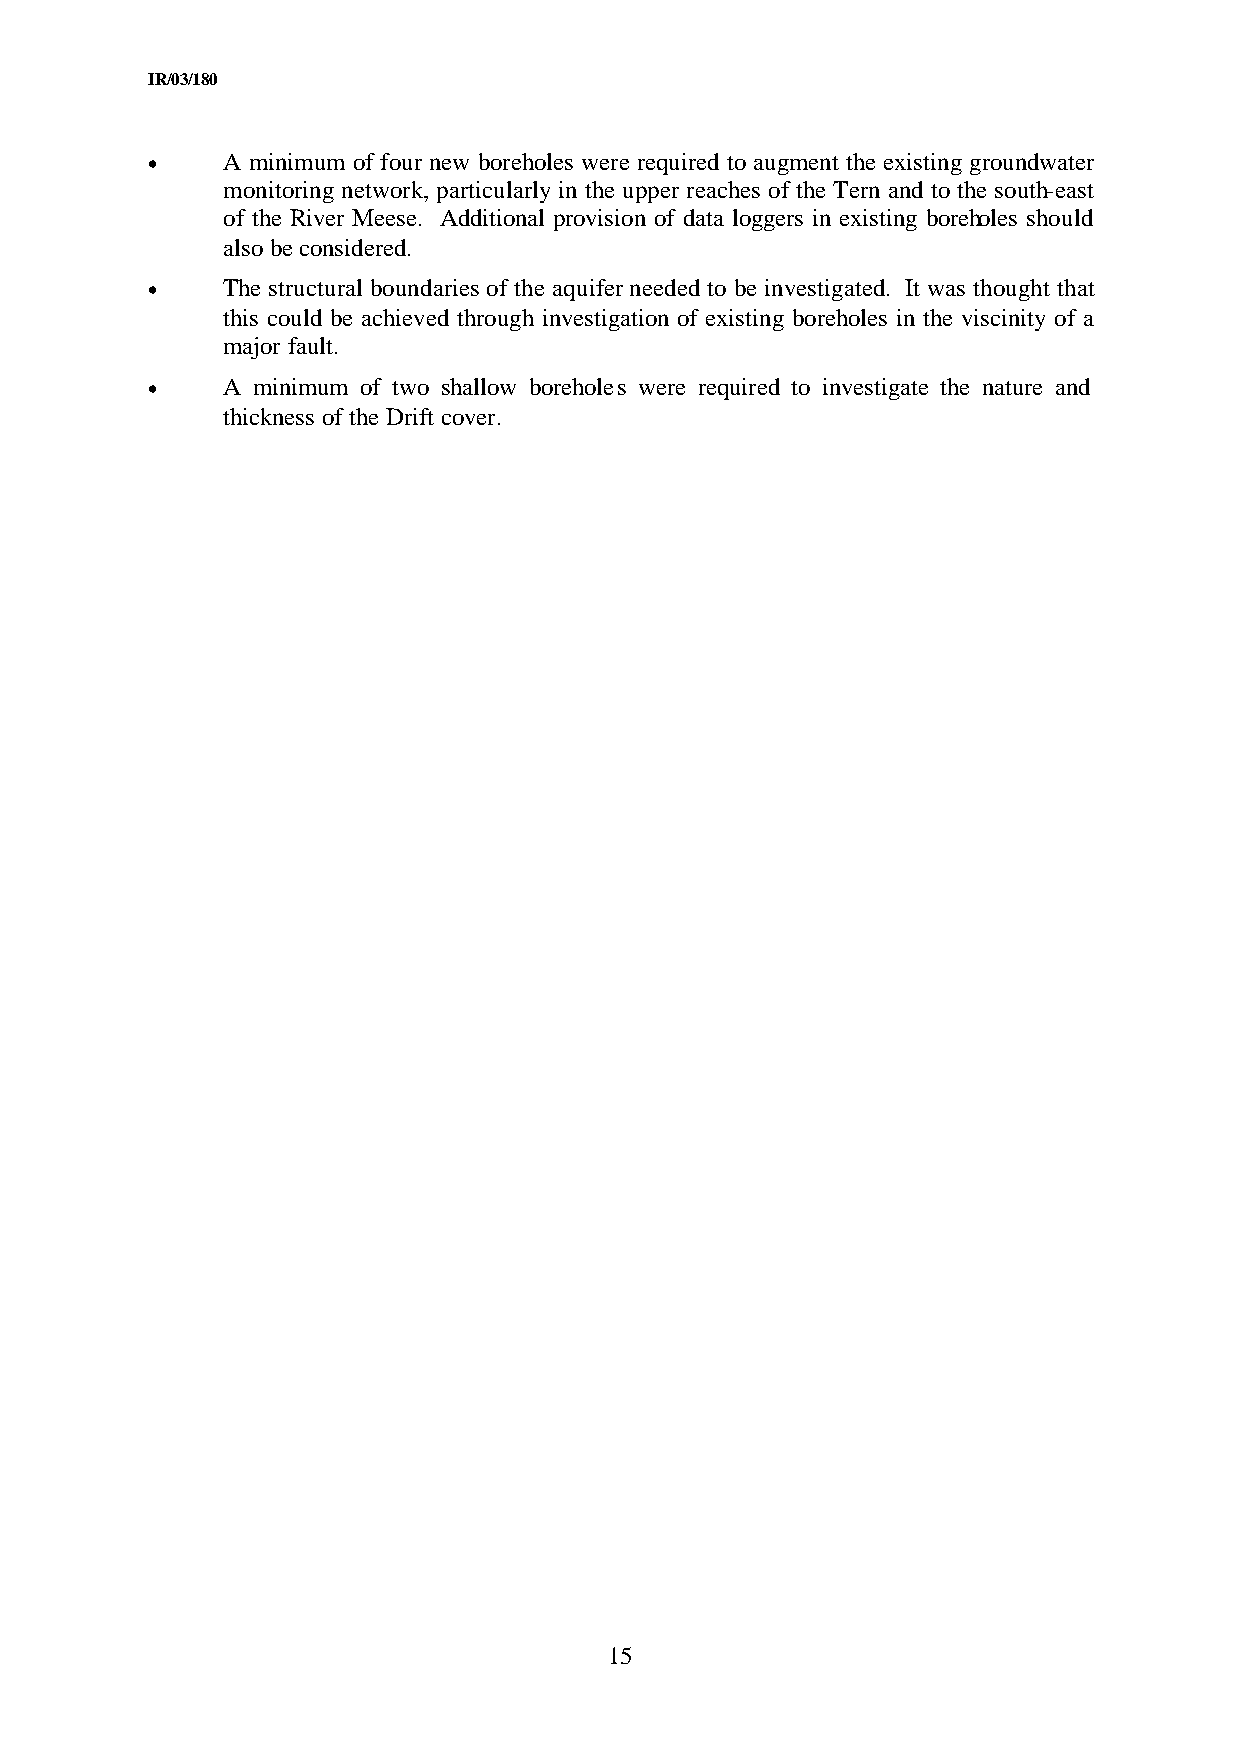
IR/03/180
 •    A minimum of four new boreholes were required to augment the existing groundwater
 monitoring network, particularly in the upper reaches of the Tern and to the south-east
 of the River Meese. Additional provision of data loggers in existing boreholes should
 also be considered.
 •    The structural boundaries of the aquifer needed to be investigated. It was thought that
 this could be achieved through investigation of existing boreholes in the viscinity of a
 major fault.
 •    A minimum of two shallow boreholes were required to investigate the nature and
 thickness of the Drift cover.
 15